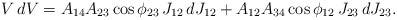
\begin{align*}V\,dV = A_{14}A_{23}\cos\phi_{23}\, J_{12}\,dJ_{12} + A_{12}A_{34}\cos\phi_{12}\, J_{23}\,dJ_{23}.\end{align*}